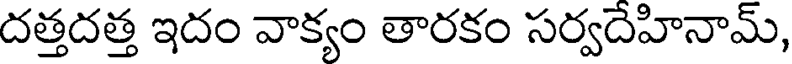
దత్తదత్త ఇదం వాక్యం తారకం సర్వదేహినామ్,